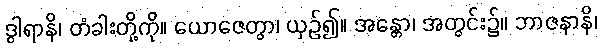
ဒွါရာနိ၊ တံခါးတို့ကို။ ယောဇေတွာ၊ ယှဉ်၍။ အန္တော၊ အတွင်း၌။ ဘာဇနာနိ၊